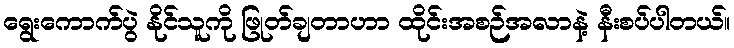
ရွေးကောက်ပွဲ နိုင်သူကို ဖြုတ်ချတာဟာ ထိုင်းအစဉ်အလာနဲ့ နီးစပ်ပါတယ်။